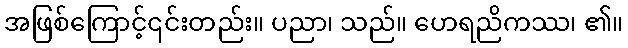
အဖြစ်ကြောင့်၎င်းတည်း။ ပညာ၊ သည်။ ဟေရညိကဿ၊ ၏။